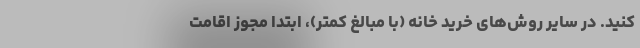
کنید. در سایر روش‌های خرید خانه (با مبالغ کمتر)، ابتدا مجوز اقامت